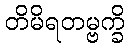
တိမိရတမ္ဗက္ခိ